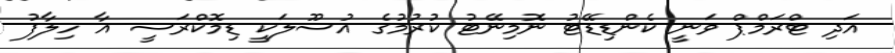
އަދި ޓްރަމްޕް ވަނީ ކެންޑިޑޭޓު ނޮމިނޭޓު ކުރުމުގެ އުސޫލަކީ ޑިމޮކްރަސީ އާ ހިލާފު